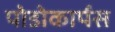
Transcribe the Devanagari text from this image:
पोडोकार्पस